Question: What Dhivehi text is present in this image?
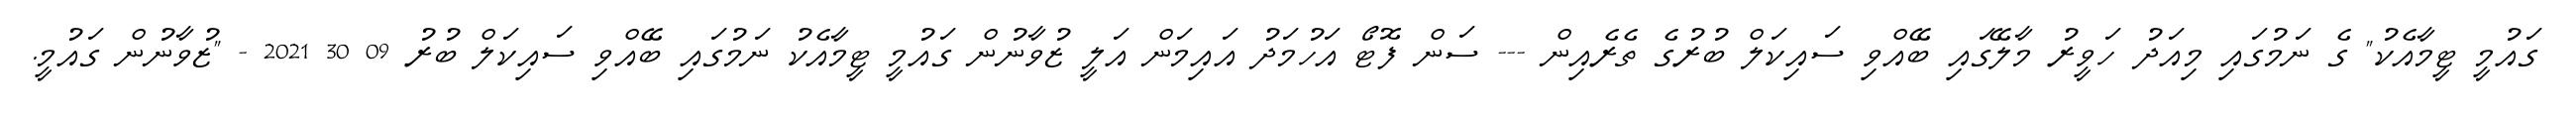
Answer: ގައުމީ ޓީމާއެކު" ގެ ނަމުގައި މިއަދު ހަވީރު މާލޭގައި ބޭއްވި ސައިކަލް ބުރުގެ ތެރެއިން --- ސަން ފޮޓޯ އަހުމަދު އައިމަން އަލީ ޒުވާނުން ގައުމީ ޓީމާއެކު ނަމުގައި ބޭއްވި ސައިކަލް ބުރު 09 30 2021 - "ޒުވާނުން ގައުމީ.